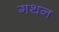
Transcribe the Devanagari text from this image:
गथन